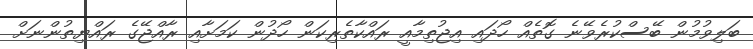
ބަލިވުމުން ބޭސްކުރެވޭނެ ގޮތެއް ހޯދައި އިޖުތިމާއީ ރައްކާތެރިކަން ހޯދުން ކަމަށާއި ރާއްޖޭގެ ރައްޔިތުންނަށް